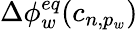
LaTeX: \Delta\phi_{w}^{eq}(c_{n,p_{w}})